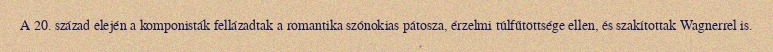
A 20. század elején a komponisták fellázadtak a romantika szónokias pátosza, érzelmi túlfűtöttsége ellen, és szakítottak Wagnerrel is.